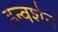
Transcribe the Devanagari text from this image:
इन्वर्शन